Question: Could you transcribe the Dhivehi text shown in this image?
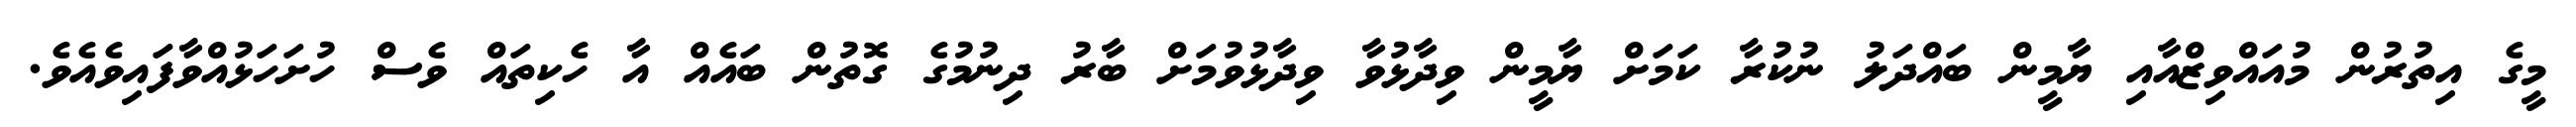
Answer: މީގެ އިތުރުން މުއައްވިޒްއާއި ޔާމީން ބައްދަލު ނުކުރާ ކަމަށް ޔާމީން ވިދާޅުވާ ވިދާޅުވުމަށް ބާރު ދިނުމުގެ ގޮތުން ބައެއް އާ ހެކިތައް ވެސް ހުށަހަޅުއްވާފައިވެއެވެ.